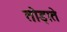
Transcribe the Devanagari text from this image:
तोड़ाते